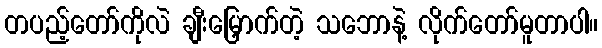
တပည့်တော်ကိုလဲ ချီးမြှောက်တဲ့ သဘောနဲ့ လိုက်တော်မူတာပါ။